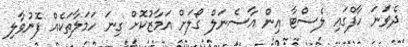
ދެވަނަ ހާފްގައި ލެސްޓާ އިން އާސެނަލް ގޯލަށް އަމާޒުކޮށް ގިނަ ހަމަލާތަކެއް ފޮނުވާލި